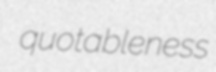
quotableness